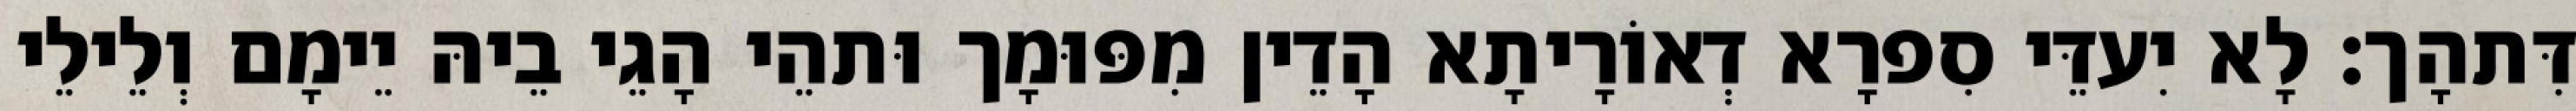
דִּתהָך׃ לָא יִעדֵּי סִפרָא דְאוֹרָיתָא הָדֵין מִפּוּמָך וּתהֵי הָגֵי בֵיהּ יֵימָם וְלֵילֵי